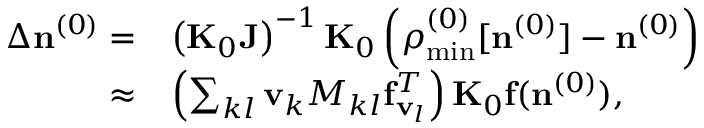
\begin{array} { r l } { \Delta { \bf n } ^ { ( 0 ) } = } & { \left( { \bf K } _ { 0 } { \bf J } \right) ^ { - 1 } { \bf K } _ { 0 } \left( { \boldsymbol \rho } _ { \mathrm { m i n } } ^ { ( 0 ) } [ { \bf n } ^ { ( 0 ) } ] - { \bf n } ^ { ( 0 ) } \right) } \\ { \approx } & { \left( \sum _ { k l } { \bf v } _ { k } { M _ { k l } } { { \bf f } _ { { \bf v } _ { l } } ^ { T } } \right) { \bf K } _ { 0 } { \bf f } ( { \bf n } ^ { ( 0 ) } ) , } \end{array}